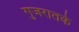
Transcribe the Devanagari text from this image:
गुजरातके